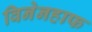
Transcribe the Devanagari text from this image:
विनेनहाफ